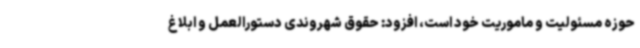
حوزه مسئولیت و ماموریت خود است، افزود: حقوق شهروندی دستورالعمل و ابلاغ